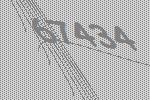
67434